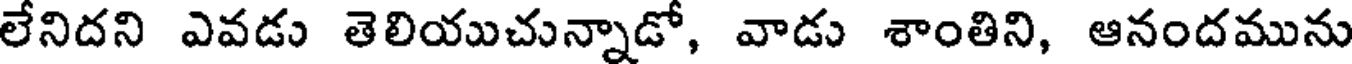
లేనిదని ఎవడు తెలియుచున్నాడో, వాడు శాంతిని, ఆనందమును